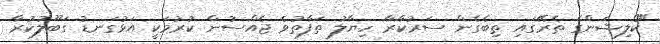
"ކޯލިޝަންގެ ތެރޭގައި ތިބެގެން ސަރުކާރާ ހިޔާލު ތަފާތުވެ ޖެއްސުން ކުރުމަކީ އަޅުގަނޑު ގަބޫލުކުރާ